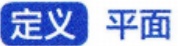
定义 平面